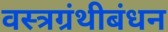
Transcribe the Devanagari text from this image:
वस्त्रग्रंथीबंधन